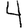
Digit: 4